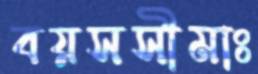
বয়সসীমাঃ